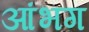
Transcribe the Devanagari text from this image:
आंभग